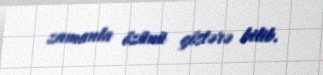
zamanla özünü göstərə bilib.